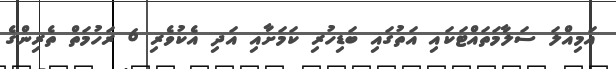
އަމިއްލަ ސަލާމަތައްޓަކައި އަތުގައި ބަޑިހުރި ކަމަށާއި އަދި އެކުވެރި 6 ރަހުމަތް ތެރިންގެ